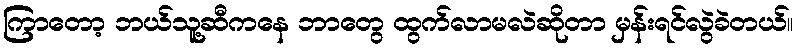
ကြာတော့ ဘယ်သူ့ဆီကနေ ဘာတွေ ထွက်လာမလဲဆိုတာ မှန်းရင်လွဲခဲတယ်။